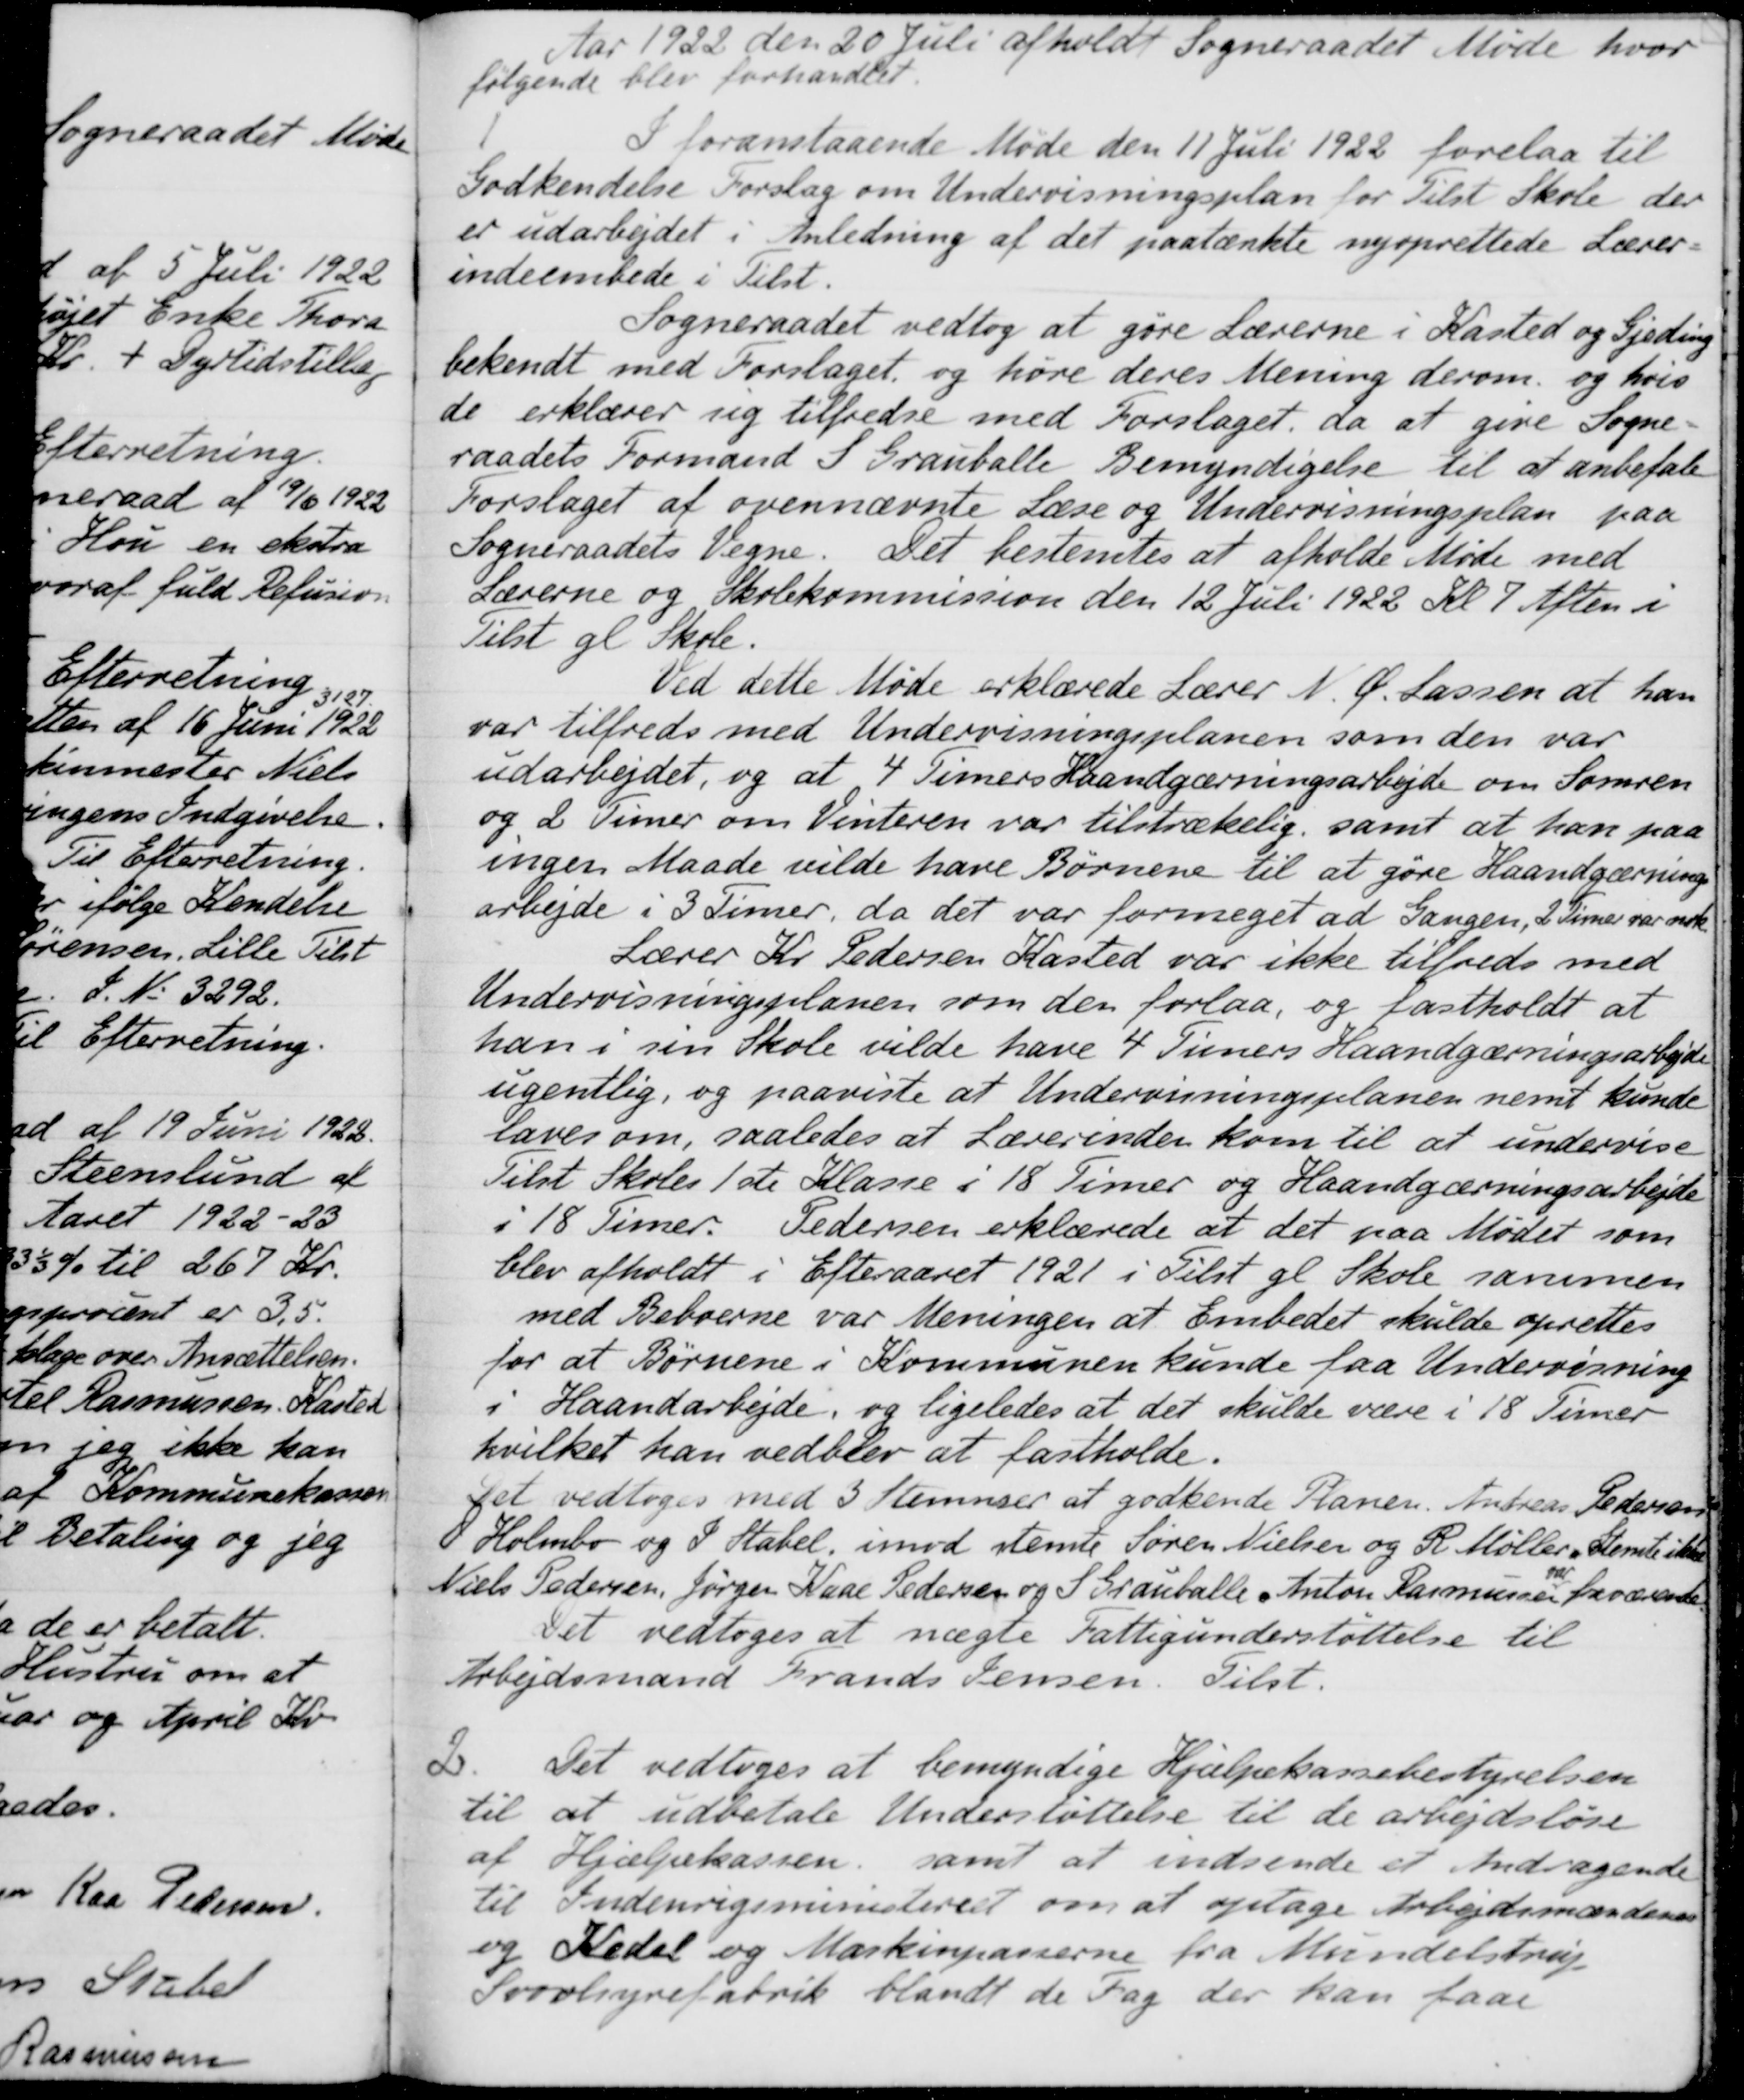
Transskription:
Aar 1922 den 20 Juli afholdt Sogneraadet Møde hvor
følgende blev forhandlet.
1 I foranstaaende Møde den 11 Juli 1922 forelaa til
Godkendelse Forslag om Undervisningsplan for Tilst Skole der
er udarbejdet i Anledning af det paatænkte nyoprettede Lærer-
indeembede i Tilst.
Sogneraadet vedtog at gøre Lærerne i Kasted og Gjeding
bekendt med Forslaget og høre deres Mening derom. og hvis
de erklærer sig tilfredse med Forslaget, da at give Sogne-
raadets Formand S. Grauballe Bemyndigelse til at anbefale
Forslaget af ovennævnte Læse og Undervisningsplan paa
Sogneraadets Vegne. Det bestemtes at afholde Møde med
Lærerne og Skolekommission den 12 Juli 1922 Kl. 7 Aften i
Tilst gl Skole.
Ved dette Møde erklærede Lærer N. Ø. Lassen at han
var tilfreds med Undervisningsplanen som den var
udarbejdet, og at 4 Timers Haandgærningsarbejde om Somren
og 2 Timer om Vinteren var tilstrækelig, samt at han paa
ingen Maade vilde have Børnene til at gøre Haandgærning
arbejde i 3 Timer, da det var formeget ad Gangen, 2 Timer var nok
Lærer Kr. Pedersen Kasted var ikke tilfreds med
Undervisningsplanen som der forlaa, og fastholdt at
han i sin Skole vilde have 4 Timers Haandgærningsarbejde
ugentlig, og paaviste at Undervisningsplanen nemt kunde
laves om, saaledes at Lærerinden kom til at undervise
Tilst Skoles 1ste Klasse i 18 Timer og Haandgærningsarbejde
i 18 Timer. Pedersen erklærede at det paa Mødet som
blev afholdt i Efteraaret 1921 i Tilst gl Skole sammen
med Beboerne var Meningen at Embedet skulde oprettes
for at Børnene i Kommunen kunde faa Undervisning
i Haandarbejde, og ligeledes at det skulde være i 18 Timer
hvilket han vedblev at fastholde.
Det vedtoges med 3 Stemmer at godkende Planen. Andreas Pedersen
P. Holmbo og J Stabel, imod stemte Søren Nielsen og R. Møller Stemte ikke
Niels Pedersen, Jørgen Naae Pedersen og S. Grauballe Anton Rasmussen var fraværende
Det vedtoges at nægte Fattigunderstøttelse til
Arbejdsmand Frands Jensen. Tilst.
2
Det vedtoges at bemyndige Hjælpekassebestyrelsen
til at udbetale Understøttelse til de arbejdsløse
af Hjælpekassen, samt at indsende et Andragende
til Indenrigsministeriet om at optage Arbejdsmændene
og Kedel og Markinpaserne fra Mundelstrup
Svovlsyrefabrik blandt de Fag der kan faae